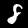
Label: 8